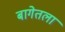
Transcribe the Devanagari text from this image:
बागेतला